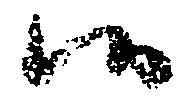
候